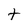
Character: t